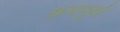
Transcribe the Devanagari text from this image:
क्रमपूर्वा